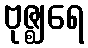
ဗုဇ္ဈရေ